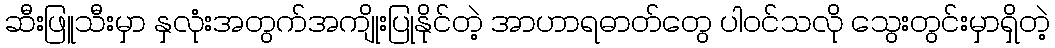
ဆီးဖြူသီးမှာ နှလုံးအတွက်အကျိုးပြုနိုင်တဲ့ အာဟာရဓာတ်တွေ ပါဝင်သလို သွေးတွင်းမှာရှိတဲ့